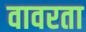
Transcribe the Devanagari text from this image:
वावरता